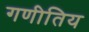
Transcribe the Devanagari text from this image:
गणीतिय